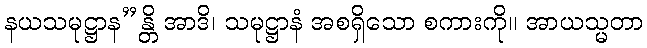
နယသမုဋ္ဌာန”န္တိ အာဒိ၊ သမုဋ္ဌာနံ အစရှိသော စကားကို။ အာယသ္မတာ